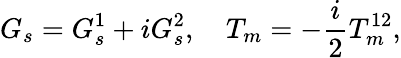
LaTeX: G_{s}=G_{s}^{1}+iG_{s}^{2},\quad T_{m}=-\frac{i}{2}T_{m}^{12},